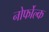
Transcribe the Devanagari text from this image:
नोर्फोल्क